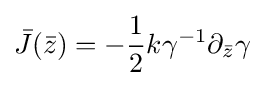
{\bar {J}}({\bar {z}})=-{\frac {1}{2}}k\gamma ^{-1}\partial _{\bar {z}}\gamma